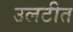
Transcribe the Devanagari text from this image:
उलटीत